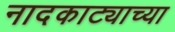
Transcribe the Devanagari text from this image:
नादकाट्याच्या